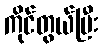
ကိုင်တွယ်ပြီး